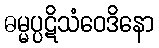
ဓမ္မပ္ပဋိသံဝေဒိနော